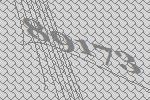
89173